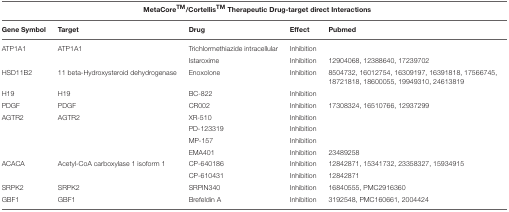
| <COLSPAN=5> MetaCoreTM/CortellisTM Therapeutic Drug-target direct Interactions |
 | Gene Symbol | Target | Drug | Effect | Pubmed |
 | --- | --- | --- | --- | --- |
 | ATP1A1 | ATP1A1 | Trichlormethiazide intracellular | Inhibition |  |
 |  |  | Istaroxime | Inhibition | 12904068, 12388640, 17239702 |
 | HSD11B2 | 11 beta-Hydroxysteroid dehydrogenase | Enoxolone | Inhibition | 8504732, 16012754, 16309197, 16391818, 17566745, 18721818, 18600055, 19949310, 24613819 |
 | H19 | H19 | BC-822 | Inhibition |  |
 | PDGF | PDGF | CR002 | Inhibition | 17308324, 16510766, 12937299 |
 | AGTR2 | AGTR2 | XR-510 | Inhibition |  |
 |  |  | PD-123319 | Inhibition |  |
 |  |  | MP-157 | Inhibition |  |
 |  |  | EMA401 | Inhibition | 23489258 |
 | ACACA | Acetyl-CoA carboxylase 1 isoform 1 | CP-640186 | Inhibition | 12842871, 15341732, 23358327, 15934915 |
 |  |  | CP-610431 | Inhibition | 12842871 |
 | SRPK2 | SRPK2 | SRPIN340 | Inhibition | 16840555, PMC2916360 |
 | GBF1 | GBF1 | Brefeldin A | Inhibition | 3192548, PMC160661, 2004424 |